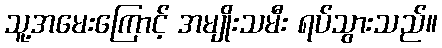
သူ့အမေးကြောင့် အမျိုးသမီး ရပ်သွားသည်။